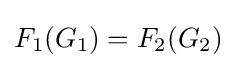
F_{1}(G_{1})=F_{2}(G_{2})